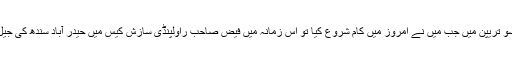
جنوری انیس سو تریپن میں جب میں نے امروز میں کام شروع کیا تو اس زمانہ میں فیض صاحب راولپنڈی سازش کیس میں حیدر آباد سندھ کی جیل میں قید تھے۔